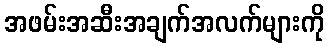
အဖမ်းအဆီးအချက်အလက်များကို